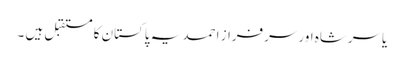
یاسرشاہ اور سرفراز احمد یہ پاکستان کا مستقبل ہیں ۔